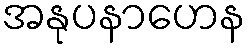
အနုပနာဟေန